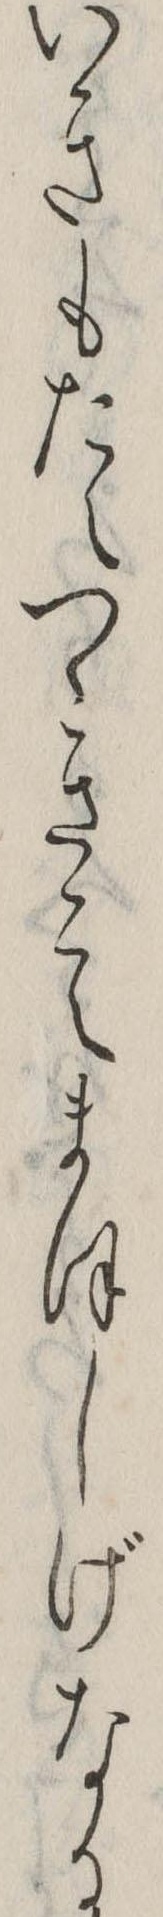
いきもたえつゝきこえまほしげなる